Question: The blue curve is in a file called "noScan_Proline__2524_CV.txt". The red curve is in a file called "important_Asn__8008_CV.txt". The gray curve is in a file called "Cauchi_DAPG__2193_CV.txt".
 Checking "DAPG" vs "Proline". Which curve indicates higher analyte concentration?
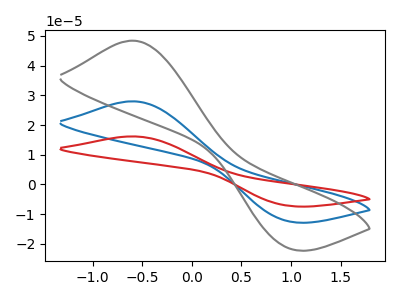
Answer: <think>The blue curve "Proline" has an anodic peak at (-0.60V, 28.00uA) and a cathodic peak at (0.95V, -12.40uA). The red curve "Asn" has an anodic peak at (-0.60V, 56.00uA) and a cathodic peak at (0.95V, -24.75uA). The gray curve "DAPG" has an anodic peak at (-0.60V, 48.40uA) and a cathodic peak at (0.95V, -21.40uA).
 All the peaks in "DAPG" have a peak in "Proline" at the same potential. Every peak in "DAPG" is higher than every peak in "Proline".</think>
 <answer>"DAPG" has more signal than "Proline" and so likely has a higher concentration.</answer>
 <eval>more_concentration</eval>